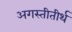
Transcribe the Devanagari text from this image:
अगस्तीतीर्थ